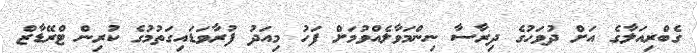
ގެބްރިއަލާގެ އަށް ދުވަހުގެ ދިރާސާ ނިންމަވާލެއްވުމަށް ފަހު މިއަދު ފުރާވަޑައިގަތުމުގެ ކުރިން ޓްރޭޑާޒް